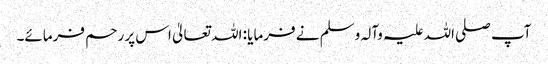
آپ صلی اللہ علیہ وآلہ وسلم نے فرمایا : اللہ تعالیٰ اس پر رحم فرمائے۔